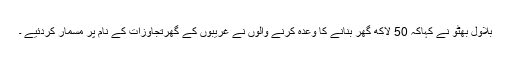
بلاول بھٹو نے کہاکہ 50 لاکھ گھر بنانے کا وعدہ کرنے والوں نے غریبوں کے گھرتجاوزات کے نام پر مسمار کردئیے ۔